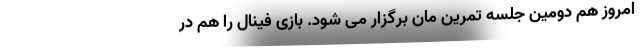
امروز هم دومین جلسه تمرین مان برگزار می شود. بازی فینال را هم در